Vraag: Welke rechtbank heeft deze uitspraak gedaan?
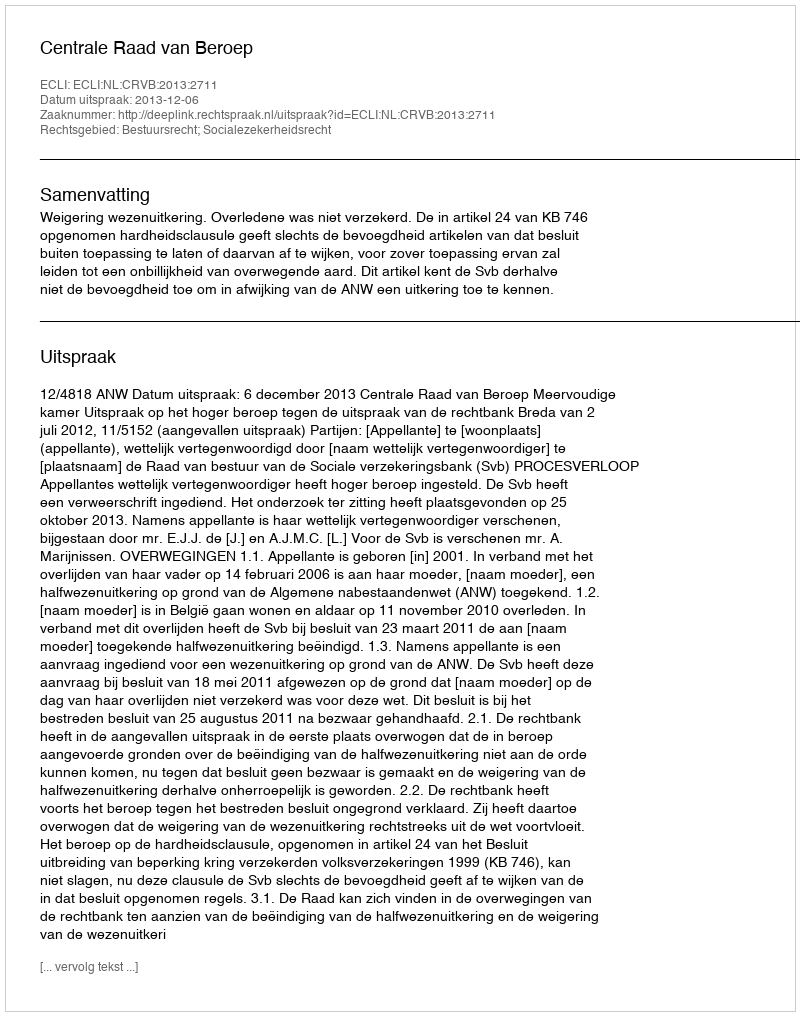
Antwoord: Centrale Raad van Beroep